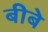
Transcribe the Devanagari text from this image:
बीबे